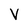
Character: V